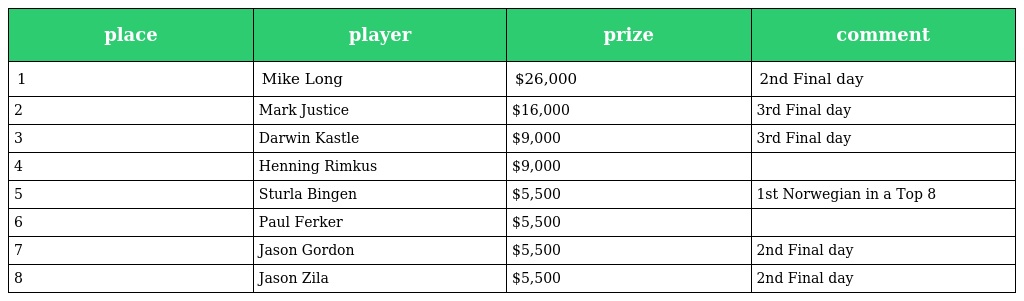
| place | player | prize | comment |
 | --- | --- | --- | --- |
 | 1 | Mike Long | $26,000 | 2nd Final day |
 | 2 | Mark Justice | $16,000 | 3rd Final day |
 | 3 | Darwin Kastle | $9,000 | 3rd Final day |
 | 4 | Henning Rimkus | $9,000 |  |
 | 5 | Sturla Bingen | $5,500 | 1st Norwegian in a Top 8 |
 | 6 | Paul Ferker | $5,500 |  |
 | 7 | Jason Gordon | $5,500 | 2nd Final day |
 | 8 | Jason Zila | $5,500 | 2nd Final day |